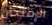
الإمتحان